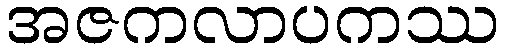
အဇကလာပကဿ